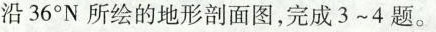
沿36°N所绘的地形剖面图，完成3~4题。